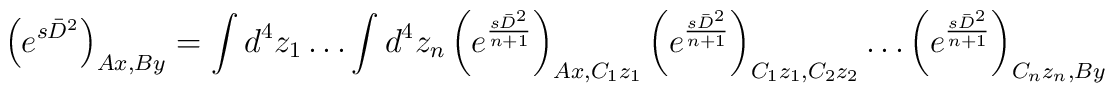
\left(e^{s\bar{D}^2}\right)_{Ax,By}=\int d^4z_1\dots\int d^4z_n\left(e^{\frac{s\bar{D}^2}{n+1}}\right)_{Ax,C_1z_1}\left(e^{\frac{s\bar{D}^2}{n+1}}\right)_{C_1z_1,C_2z_2}\dots\left(e^{\frac{s\bar{D}^2}{n+1}}\right)_{C_nz_n,By}